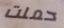
حملت